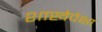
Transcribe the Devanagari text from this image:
शाखेपेक्षा